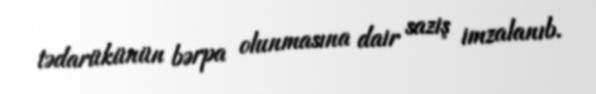
tədarükünün bərpa olunmasına dair saziş imzalanıb.